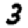
Digit: 3